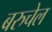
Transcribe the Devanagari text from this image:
बरुचेल